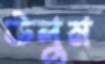
উলুম